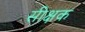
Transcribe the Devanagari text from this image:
सीक्षक